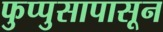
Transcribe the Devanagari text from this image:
फुप्पुसापासून